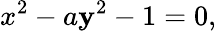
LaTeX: x^{2}-a\mathbf{y}^{2}-1=0,